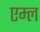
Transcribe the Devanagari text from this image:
एम्ल